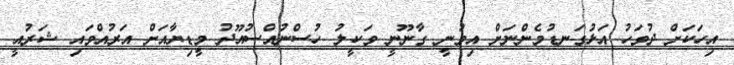
އިހަކަށް ދުވަހު އަޅުގަނޑުމެންނަށް އިވުނީ ގާނޫނީ ވަކީލު ހުސްނުއްސުއޫދު މީޑިޔާއަށް އަރުއްވައި ޝަރުއީ